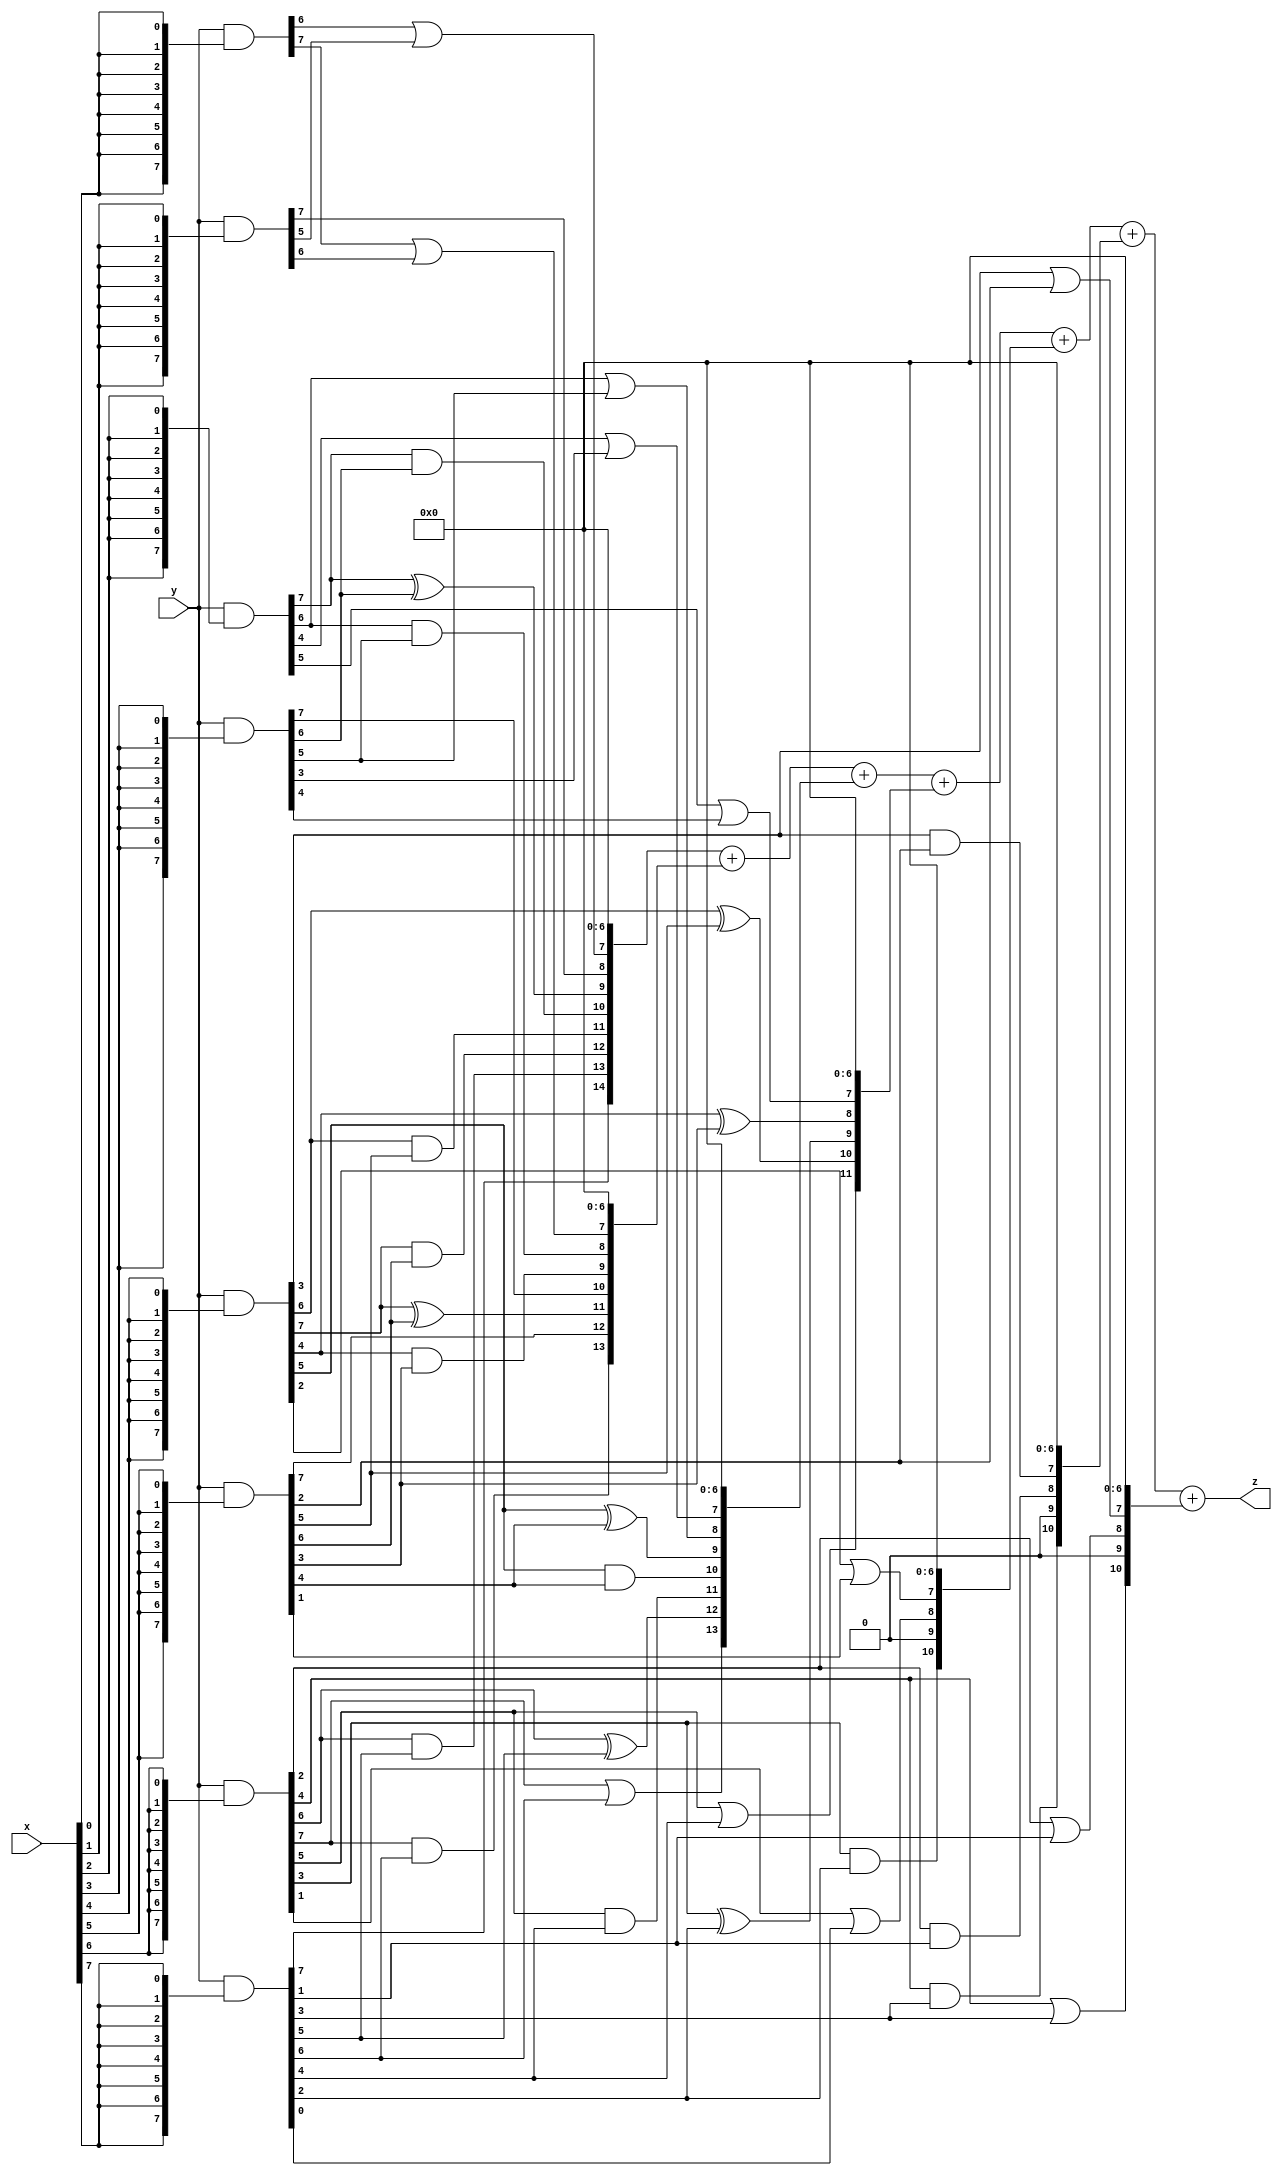
// terms: 36
// fval:  89602.25

module unsigned_8x8_l8_lamb2200_8 (
	input [7:0] x,
	input [7:0] y,
	output [15:0] z
);


wire [7:0] part1 =  y & {8{x[0]}};
wire [7:0] part2 =  y & {8{x[1]}};
wire [7:0] part3 =  y & {8{x[2]}};
wire [7:0] part4 =  y & {8{x[3]}};
wire [7:0] part5 =  y & {8{x[4]}};
wire [7:0] part6 =  y & {8{x[5]}};
wire [7:0] part7 =  y & {8{x[6]}};
wire [7:0] part8 =  y & {8{x[7]}};

wire [14:0] new_part1;
assign new_part1[0] = 0;
assign new_part1[1] = 0;
assign new_part1[2] = 0;
assign new_part1[3] = 0;
assign new_part1[4] = 0;
assign new_part1[5] = 0;
assign new_part1[6] = 0;
assign new_part1[7] = part1[6] | part2[5];
assign new_part1[8] = part2[7];
assign new_part1[9] = part3[7] ^ part4[6];
assign new_part1[10] = part3[7] & part4[6];
assign new_part1[11] = part5[6] & part6[5];
assign new_part1[12] = part5[7] & part6[6];
assign new_part1[13] = part7[6] & part8[5];
assign new_part1[14] = part8[7];

wire [13:0] new_part2;
assign new_part2[0] = 0;
assign new_part2[1] = 0;
assign new_part2[2] = 0;
assign new_part2[3] = 0;
assign new_part2[4] = 0;
assign new_part2[5] = 0;
assign new_part2[6] = 0;
assign new_part2[7] = part1[7] | part2[6];
assign new_part2[8] = part3[6] & part4[5];
assign new_part2[9] = part5[4] & part6[3];
assign new_part2[10] = part4[7];
assign new_part2[11] = part5[7] ^ part6[6];
assign new_part2[12] = part6[7];
assign new_part2[13] = part7[7] & part8[6];

wire [13:0] new_part3;
assign new_part3[0] = 0;
assign new_part3[1] = 0;
assign new_part3[2] = 0;
assign new_part3[3] = 0;
assign new_part3[4] = 0;
assign new_part3[5] = 0;
assign new_part3[6] = 0;
assign new_part3[7] = part3[4] | part4[3];
assign new_part3[8] = part3[6] | part4[5];
assign new_part3[9] = part5[5] ^ part6[4];
assign new_part3[10] = part5[5] & part6[4];
assign new_part3[11] = part7[5] & part8[4];
assign new_part3[12] = part7[6] ^ part8[5];
assign new_part3[13] = part7[7] | part8[6];

wire [11:0] new_part4;
assign new_part4[0] = 0;
assign new_part4[1] = 0;
assign new_part4[2] = 0;
assign new_part4[3] = 0;
assign new_part4[4] = 0;
assign new_part4[5] = 0;
assign new_part4[6] = 0;
assign new_part4[7] = part3[5] | part4[4];
assign new_part4[8] = part5[4] ^ part6[3];
assign new_part4[9] = part7[3] ^ part8[2];
assign new_part4[10] = part5[6] ^ part6[5];
assign new_part4[11] = part7[5] | part8[4];

wire [10:0] new_part5;
assign new_part5[0] = 0;
assign new_part5[1] = 0;
assign new_part5[2] = 0;
assign new_part5[3] = 0;
assign new_part5[4] = 0;
assign new_part5[5] = 0;
assign new_part5[6] = 0;
assign new_part5[7] = part5[2] | part6[1];
assign new_part5[8] = part7[1] | part8[0];
assign new_part5[9] = 0;
assign new_part5[10] = part7[3] & part8[2];

wire [10:0] new_part6;
assign new_part6[0] = 0;
assign new_part6[1] = 0;
assign new_part6[2] = 0;
assign new_part6[3] = 0;
assign new_part6[4] = 0;
assign new_part6[5] = 0;
assign new_part6[6] = 0;
assign new_part6[7] = part5[3] & part6[2];
assign new_part6[8] = part7[2] & part8[1];
assign new_part6[9] = 0;
assign new_part6[10] = part7[4] & part8[3];

wire [10:0] new_part7;
assign new_part7[0] = 0;
assign new_part7[1] = 0;
assign new_part7[2] = 0;
assign new_part7[3] = 0;
assign new_part7[4] = 0;
assign new_part7[5] = 0;
assign new_part7[6] = 0;
assign new_part7[7] = part5[3] | part6[2];
assign new_part7[8] = part7[2] | part8[1];
assign new_part7[9] = 0;
assign new_part7[10] = part7[4] | part8[3];

assign z = new_part1 + new_part2 + new_part3 + new_part4 + new_part5 + new_part6 + new_part7;
endmodule